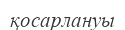
қосарлануы